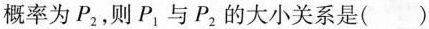
概率为P_{2}，则P_{1}与P_{2}的大小关系是( )